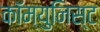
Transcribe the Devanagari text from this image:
कॉम्युनिस्ट